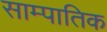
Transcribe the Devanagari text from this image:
साम्पातिक